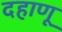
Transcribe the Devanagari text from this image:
दहाणू